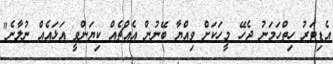
އެޑިޓަރު ހިތްހަމަނު ޖެހޭ މީހަކަށް ވިއްޔާ ބޭނުން އެއްޗެއް ކިޔަންވީ އަޅައެއް ނުލާނެ"